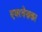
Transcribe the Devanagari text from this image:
एयरवेज़का